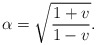
\begin{align*}\alpha= \sqrt{\frac{1+v}{1-v}}. \end{align*}